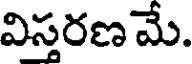
విస్తరణ మే.